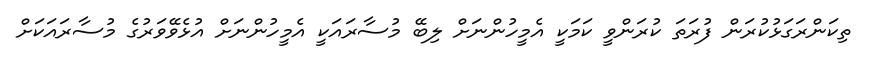
ތިކަންރަގަޅުކުރަން ފުރަތަ ކުރަންވީ ކަމަކީ އެމީހުންނަށް ލިބޭ މުސާރައަކީ އެމީހުންނަށް އުޅެވޭވަރުގެ މުސާރައަކަށް